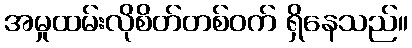
အမှုထမ်းလိုစိတ်တစ်ဝက် ရှိနေသည်။